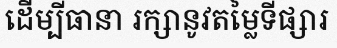
ដើម្បីធានា រក្សានូវតម្លៃទីផ្សារ